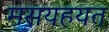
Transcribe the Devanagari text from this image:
मसयहयत